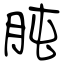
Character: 肫